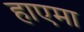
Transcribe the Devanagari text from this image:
हाएमा